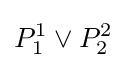
P_{1}^{1}\lor P_{2}^{2}